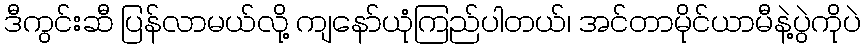
ဒီကွင်းဆီ ပြန်လာမယ်လို့ ကျနော်ယုံကြည်ပါတယ်၊ အင်တာမိုင်ယာမီနဲ့ပွဲကိုပဲ